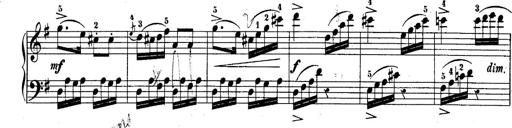
Title: 10 Sonatines progressives
Composer: Anton Schmoll